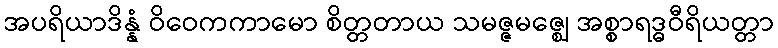
အပရိယာဒိန္နံ ဝိဝေကကာမော စိတ္တတာယ သမဇ္ဇမဇ္ဈေ အစ္စာရဒ္ဓဝီရိယတ္တာ